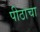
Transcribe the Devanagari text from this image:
पीठाचा